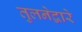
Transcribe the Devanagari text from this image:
तुलनेद्वारे